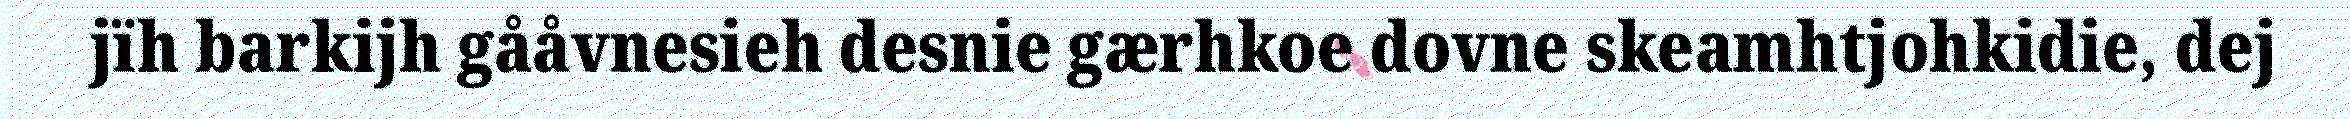
jïh barkijh gååvnesieh desnie gærhkoe dovne skeamhtjohkidie, dej